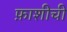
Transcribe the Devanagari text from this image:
फ़ाशीची